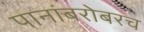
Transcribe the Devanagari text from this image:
पानांबरोबरच